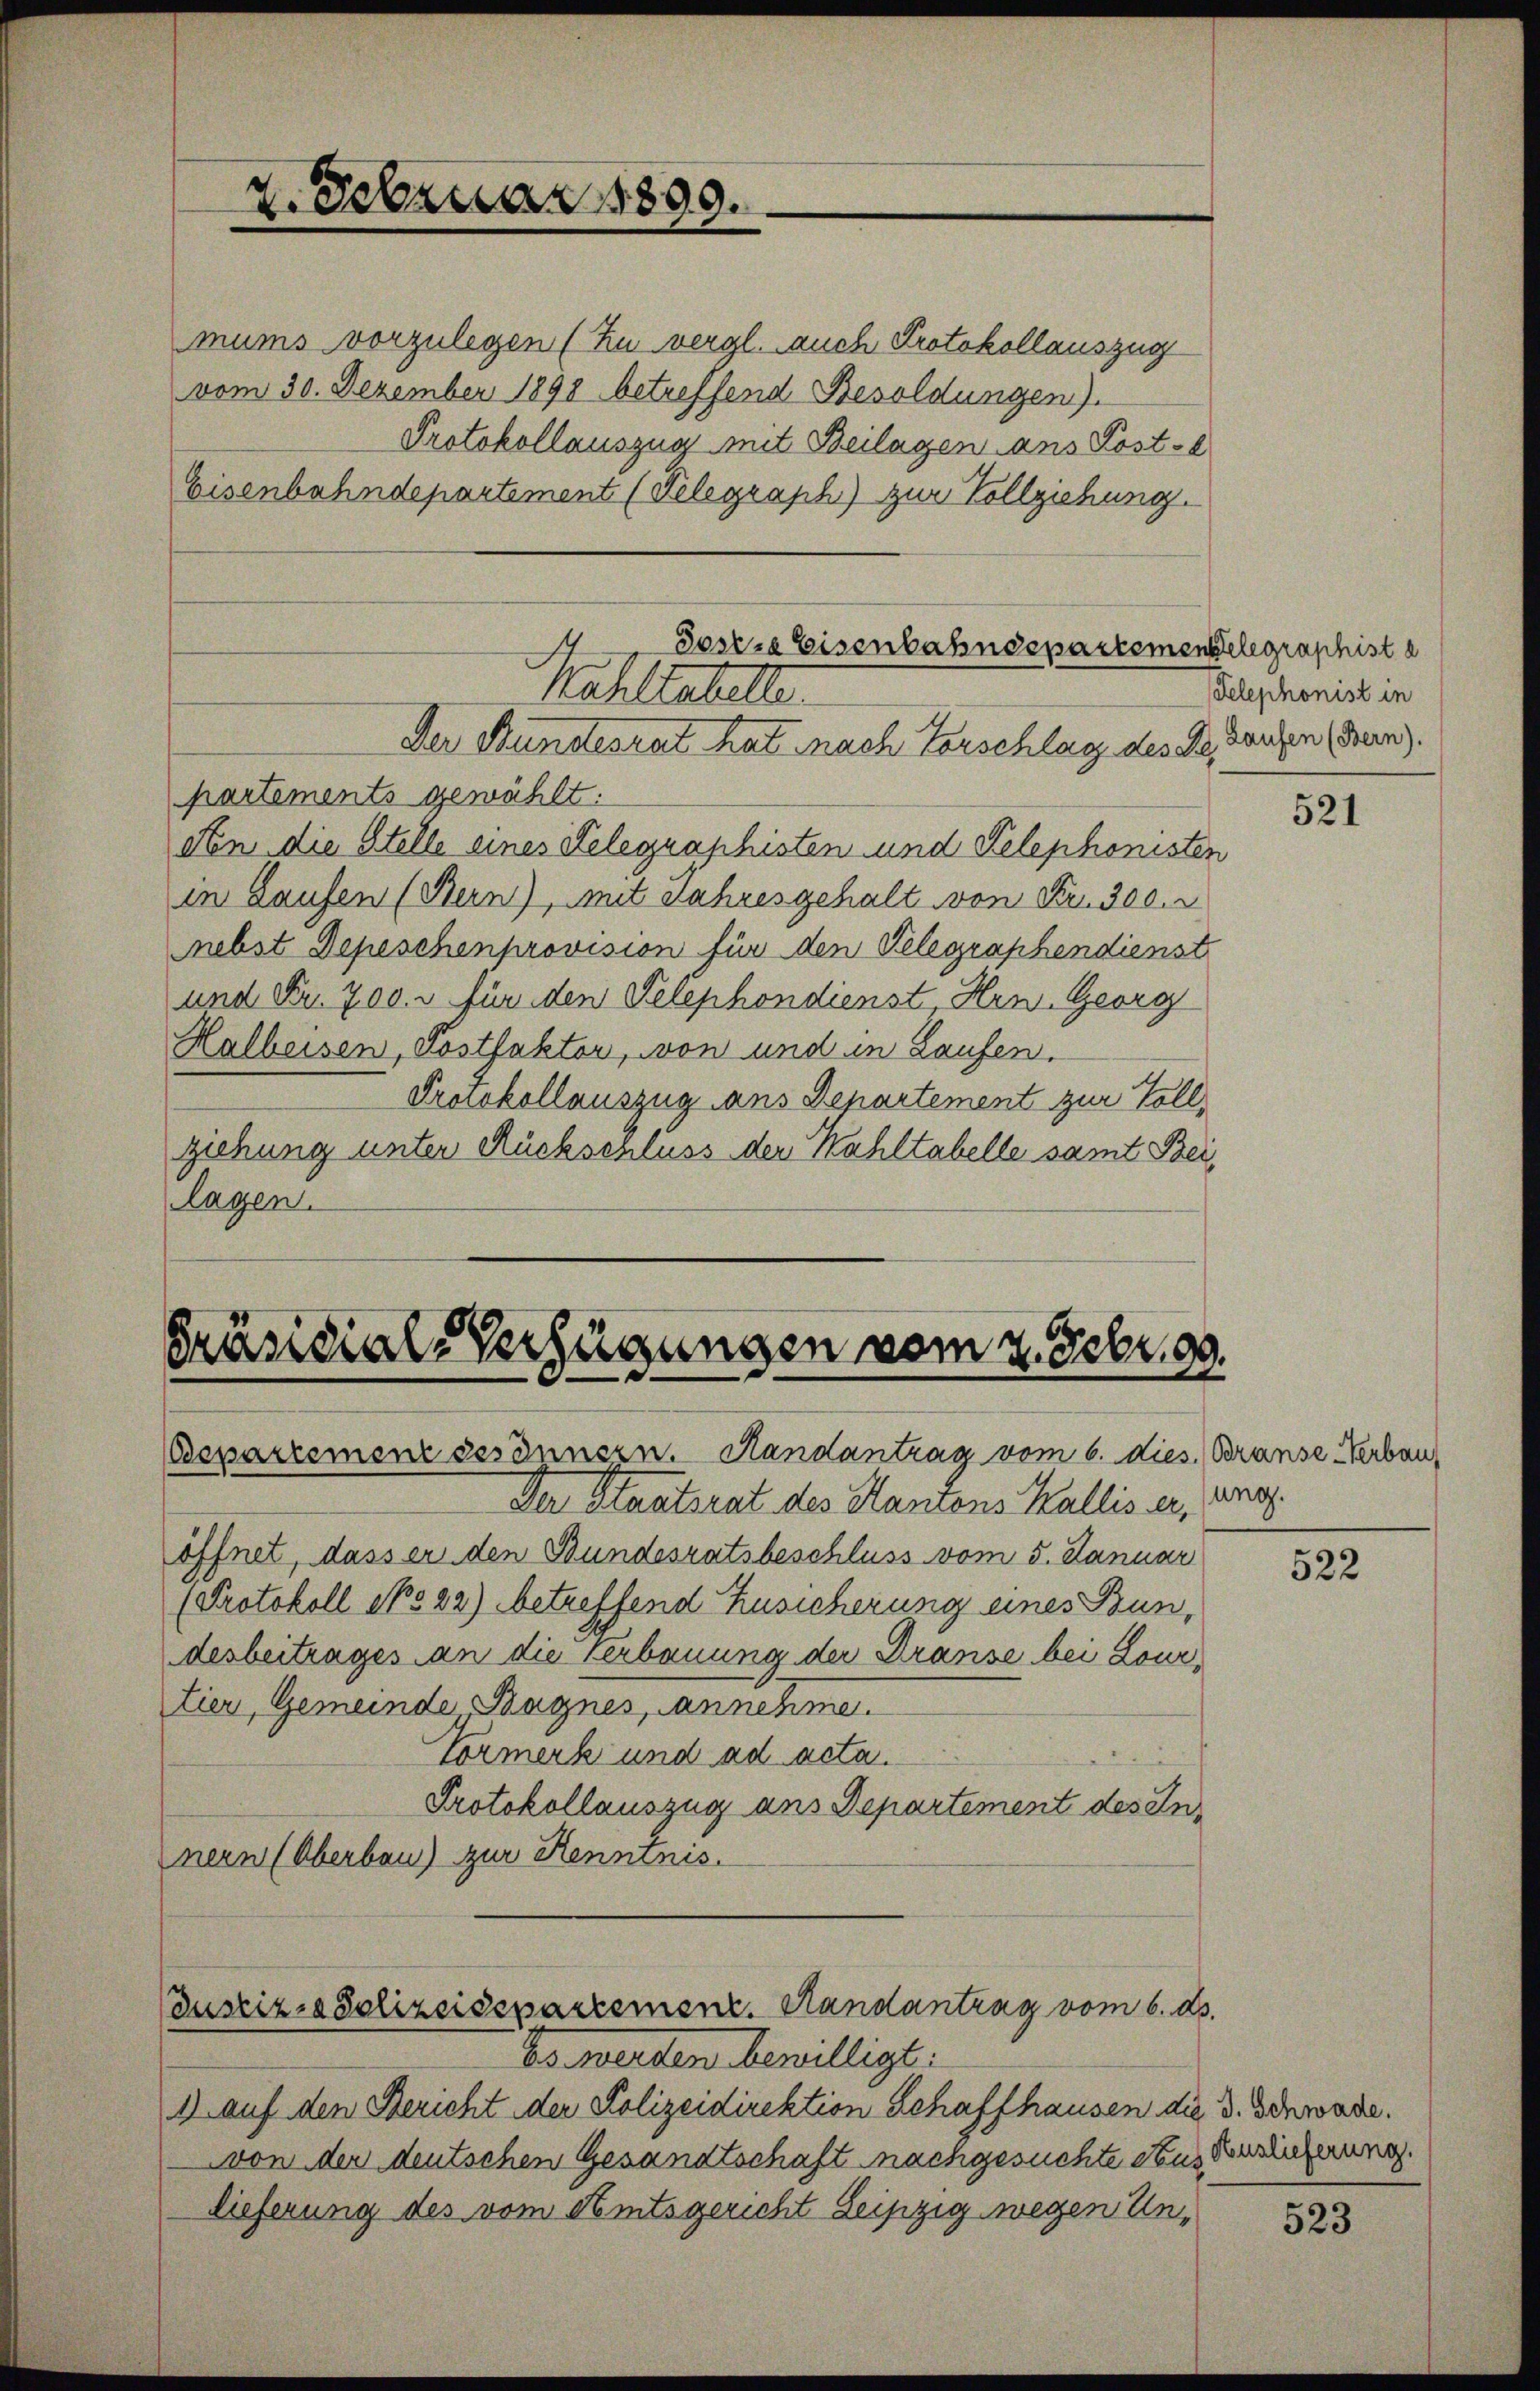
2. Februar 1899.

Kahltatelte.

mums vorzulegen (Zu vergl. auch Protokollauszug
vom 30. Dezember 1898 betreffend Besoldungen).
Protokollauszug mit Beilagen ans Kost-
Eisenbahndepartement (Telegraph.) zur Vollziehung.
Der Bundesrat hat nach Vorschlag des de Laufen (den).
partements gewählt.
den die Stelle eines Telegraphisten und Telephonisten
in Laufen (Bern), mit Jahresgehalt von Fr. 300.
nebst Depeschenprovision für den Telegraphendienst
und Fr. 700. u für den Telephondienst, Hrn. Georg
Halbeisen, Postfaktor, von und in Laufen.
Protokollauszug aus Departement zur Vollziehung unter Rücksenluss der Kahltabelle samt Beilagen.

Sosere Eisenbahndepartementelegraphist e

Präsidial-Verfügungen vom 2. Febr. 99.
Bepartement des Innern. Handantrag vom 6. dies. Branse Herbau,

Der Staatsrat des Kantons Wallis er,
öffnet, dass er den Bundesratsbeschluss vom 5. Januar
Protokoll No 22) betreffend Zusicherung eines Bundesbeitrages an die Verbauung der Transe bei Lourtier, Gemeinde Bagnes, annehmen.
Vormerk und ad acta.
Protokollauszug ans Departement des In-
nern (Oberbau) zur Kenntnis.

Justiz- & Polizeisepartement. Randantrag vom 6. ds.

berwenden bewilligt:
1 auf den Bericht der Polizeidirektion Schaffhausen die d. Schwade.
von der deutschen Gesandtschaft nachgesuchte Seusdienlicherung.
Dieferung des vom Amtsgericht Leipzig wegen Un¬

Telephonist in

521

ung.

522

523